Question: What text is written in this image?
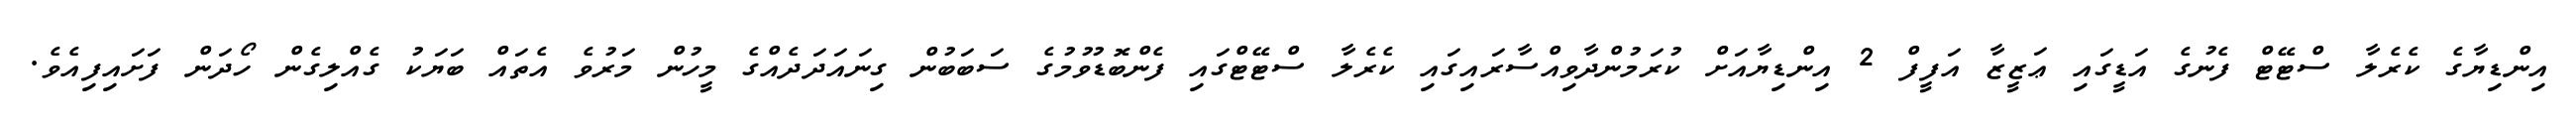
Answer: އިންޑިޔާގެ ކެރެލާ ސްޓޭޓް ފެނުގެ އަޑީގައި ޢަޒީޒާ އަފީފް 2 އިންޑިޔާއަށް ކުރަމުންދާވިއްސާރައިގައި ކެރެލާ ސްޓޭޓްގައި ފެންބޮޑުވުމުގެ ސަބަބުން ގިނައަދަދެއްގެ މީހުން މަރުވެ އެތައް ބަޔަކު ގެއްލިގެން ހޯދަން ފަށައިފިއެވެ.